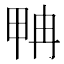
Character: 𰣂